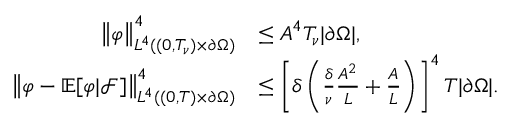
\begin{array} { r l } { \left\lVert \varphi \right\rVert _ { L ^ { 4 } ( ( 0 , T _ { \nu } ) \times \partial \Omega ) } ^ { 4 } } & { \le A ^ { 4 } T _ { \nu } | \partial \Omega | , } \\ { \left\lVert \varphi - \mathbb E [ \varphi | \mathcal F ] \right\rVert _ { L ^ { 4 } ( ( 0 , T ) \times \partial \Omega ) } ^ { 4 } } & { \le \left[ \delta \left( \frac \delta \nu \frac { A ^ { 2 } } L + \frac A L \right) \right] ^ { 4 } T | \partial \Omega | . } \end{array}